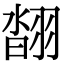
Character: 𦑇